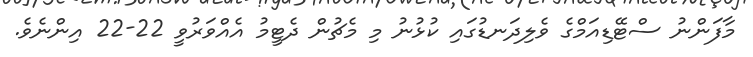
މާފަންނު ސްޓޭޑިއަމްގެ ވެލިދަނޑުގައި ކުޅުނު މި މެޗުން ދެޓީމު އެއްވަރުވީ 22-22 އިންނެވެ.